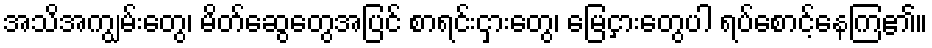
အသိအကျွမ်းတွေ၊ မိတ်ဆွေတွေအပြင် စာရင်းငှားတွေ၊ မြေငှားတွေပါ ရပ်စောင့်နေကြ၏။